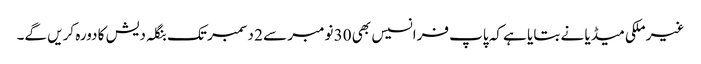
غیر ملکی میڈیا نے بتایا ہے کہ پاپ فرانسیس بھی 30 نومبر سے 2 دسمبر تک بنگلہ دیش کا دورہ کریں گے۔